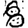
Digit: 8